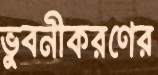
ভুবনীকরণের